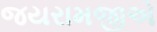
જયરામજીએ